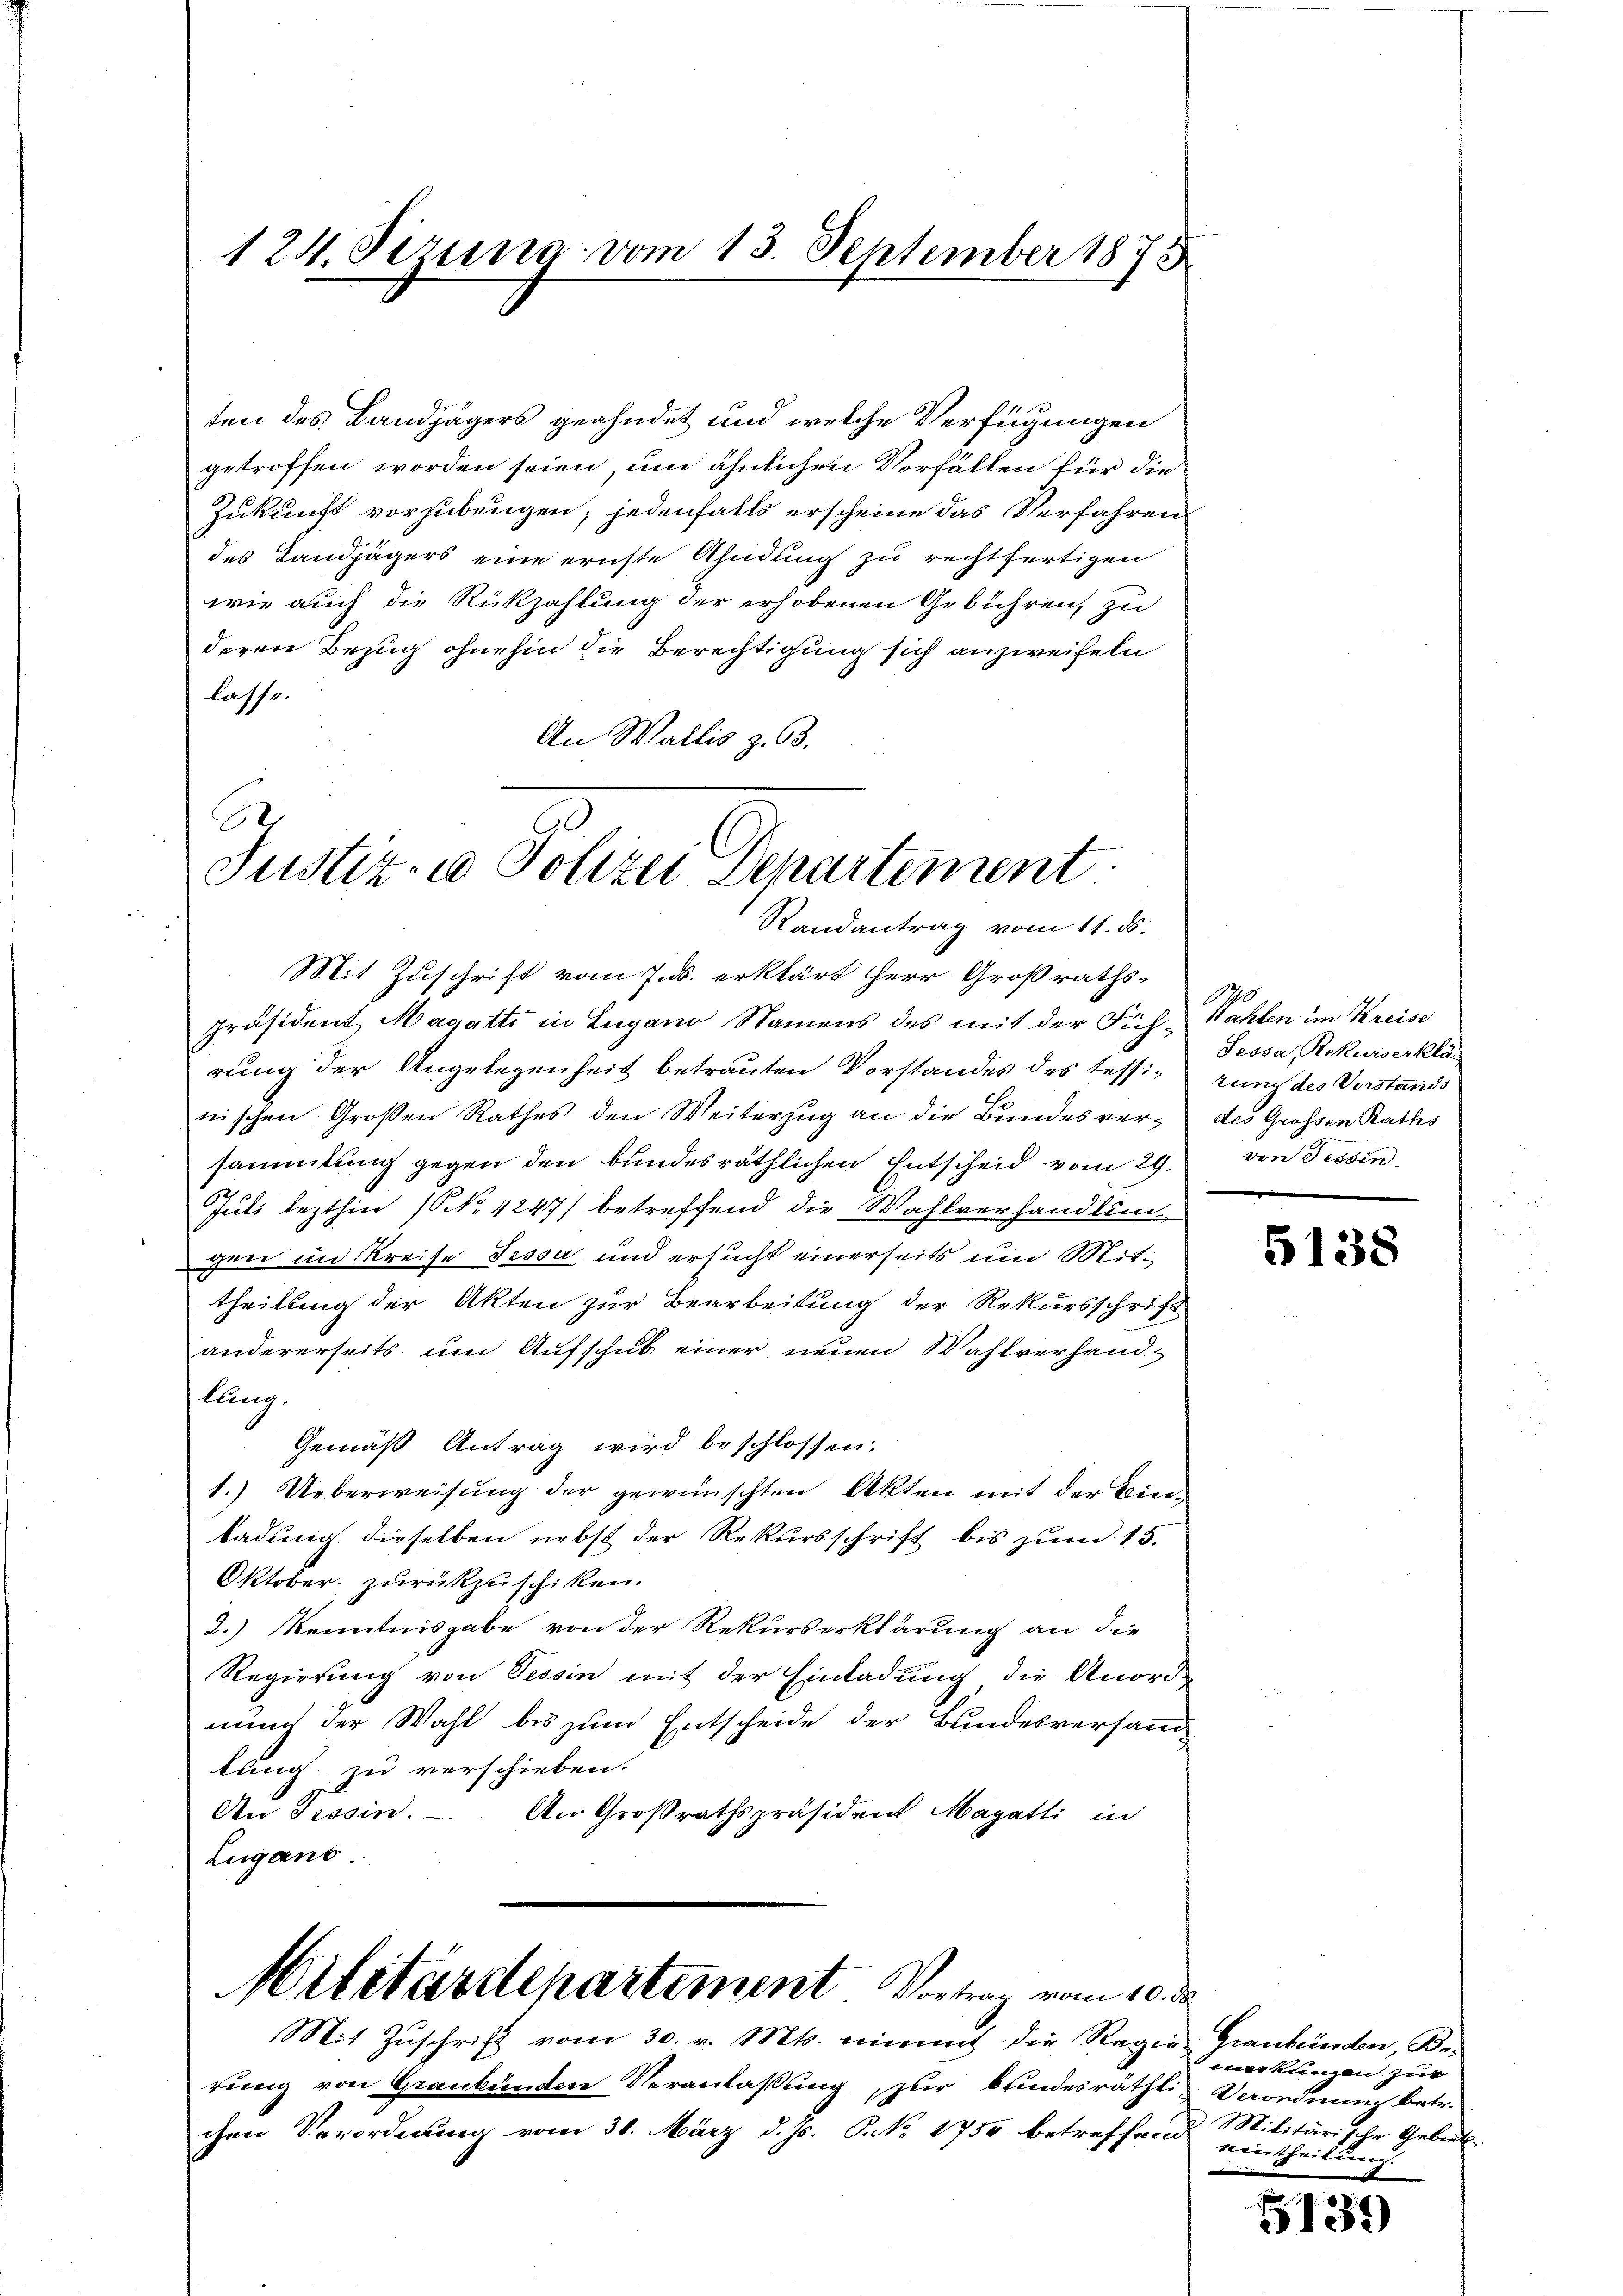
124. Sizung vom 13. September 1873

ten des Landjägers geahndet und welche Verfügungen
getroffen worden seien, um ähnlichen Vorfällen für die
Zukunft vorzubeugen; jedenfalls erscheine das Verfahren
des Landjägers eine ernste Ahndung zu rechtfertigen
wie auch die Rückzahlung der erhobenen Gebühren, zu
deren Bezug ohnehin die Berechtigung sich anzweifeln
lasse.
An Wallis z. 63.

.
Justiz- & Polizei Departement
Randantrag vom 11. ds.

Mit Zuschrift vom 7. ds. erklärt Herr Großrathspräsident Magatti in Lugano Namens des mit der Füh- Wahlen im Kreise
rung der Angelegenheit betrauten Vorstandes des Tessirung des Vorstands
nischen Großen Rathes den Weiterzug an die Bundesver- des Großen Raths
sammlung gegen den bundesräthlichen Entscheid vom 29. von Tessin,
Juli lezthin (No 4247) betreffend die Wahlverhandlungen in Kreise Tessa und ersucht einerseits um Mittheilung der Akten zur Bearbeitung der Rekursschrift
andererseits um Aufschub einer neuen Wahlverhandllung.
Gemäß Antrag wird beschlossen:
1.) Ueberweisung der gewünschten Akten mit der Einladung dieselben nebst der Rekursschrift bis zum 15.
Oktober zurückzuschiken.
2.) Kenntnisgabe von der Rekurserklärung an die
Regierung von Tessin mit der Einladung die Anord-
nung der Wahl bis zum Entscheide der Bundesversamlung zu verschieben.
An Tessin.
An Großrathspräsident Magatti in
Lugano

Militärdepartement. Vortrag vom 10. de
Mit Zŭschrift vom 30. v. Mts. nimmt die Regie- Graubünden, Be-

rŭng von Graubünden Veranlaßung, zur bundesräthli, Verordnung betr.
chen Verordnung vom 30. März d. Js. NNo. 1754 betreffend eintheilung

1
Jessa, Rekurserklä-

5138

ackungen zur
Militärische Gebiet.

5139